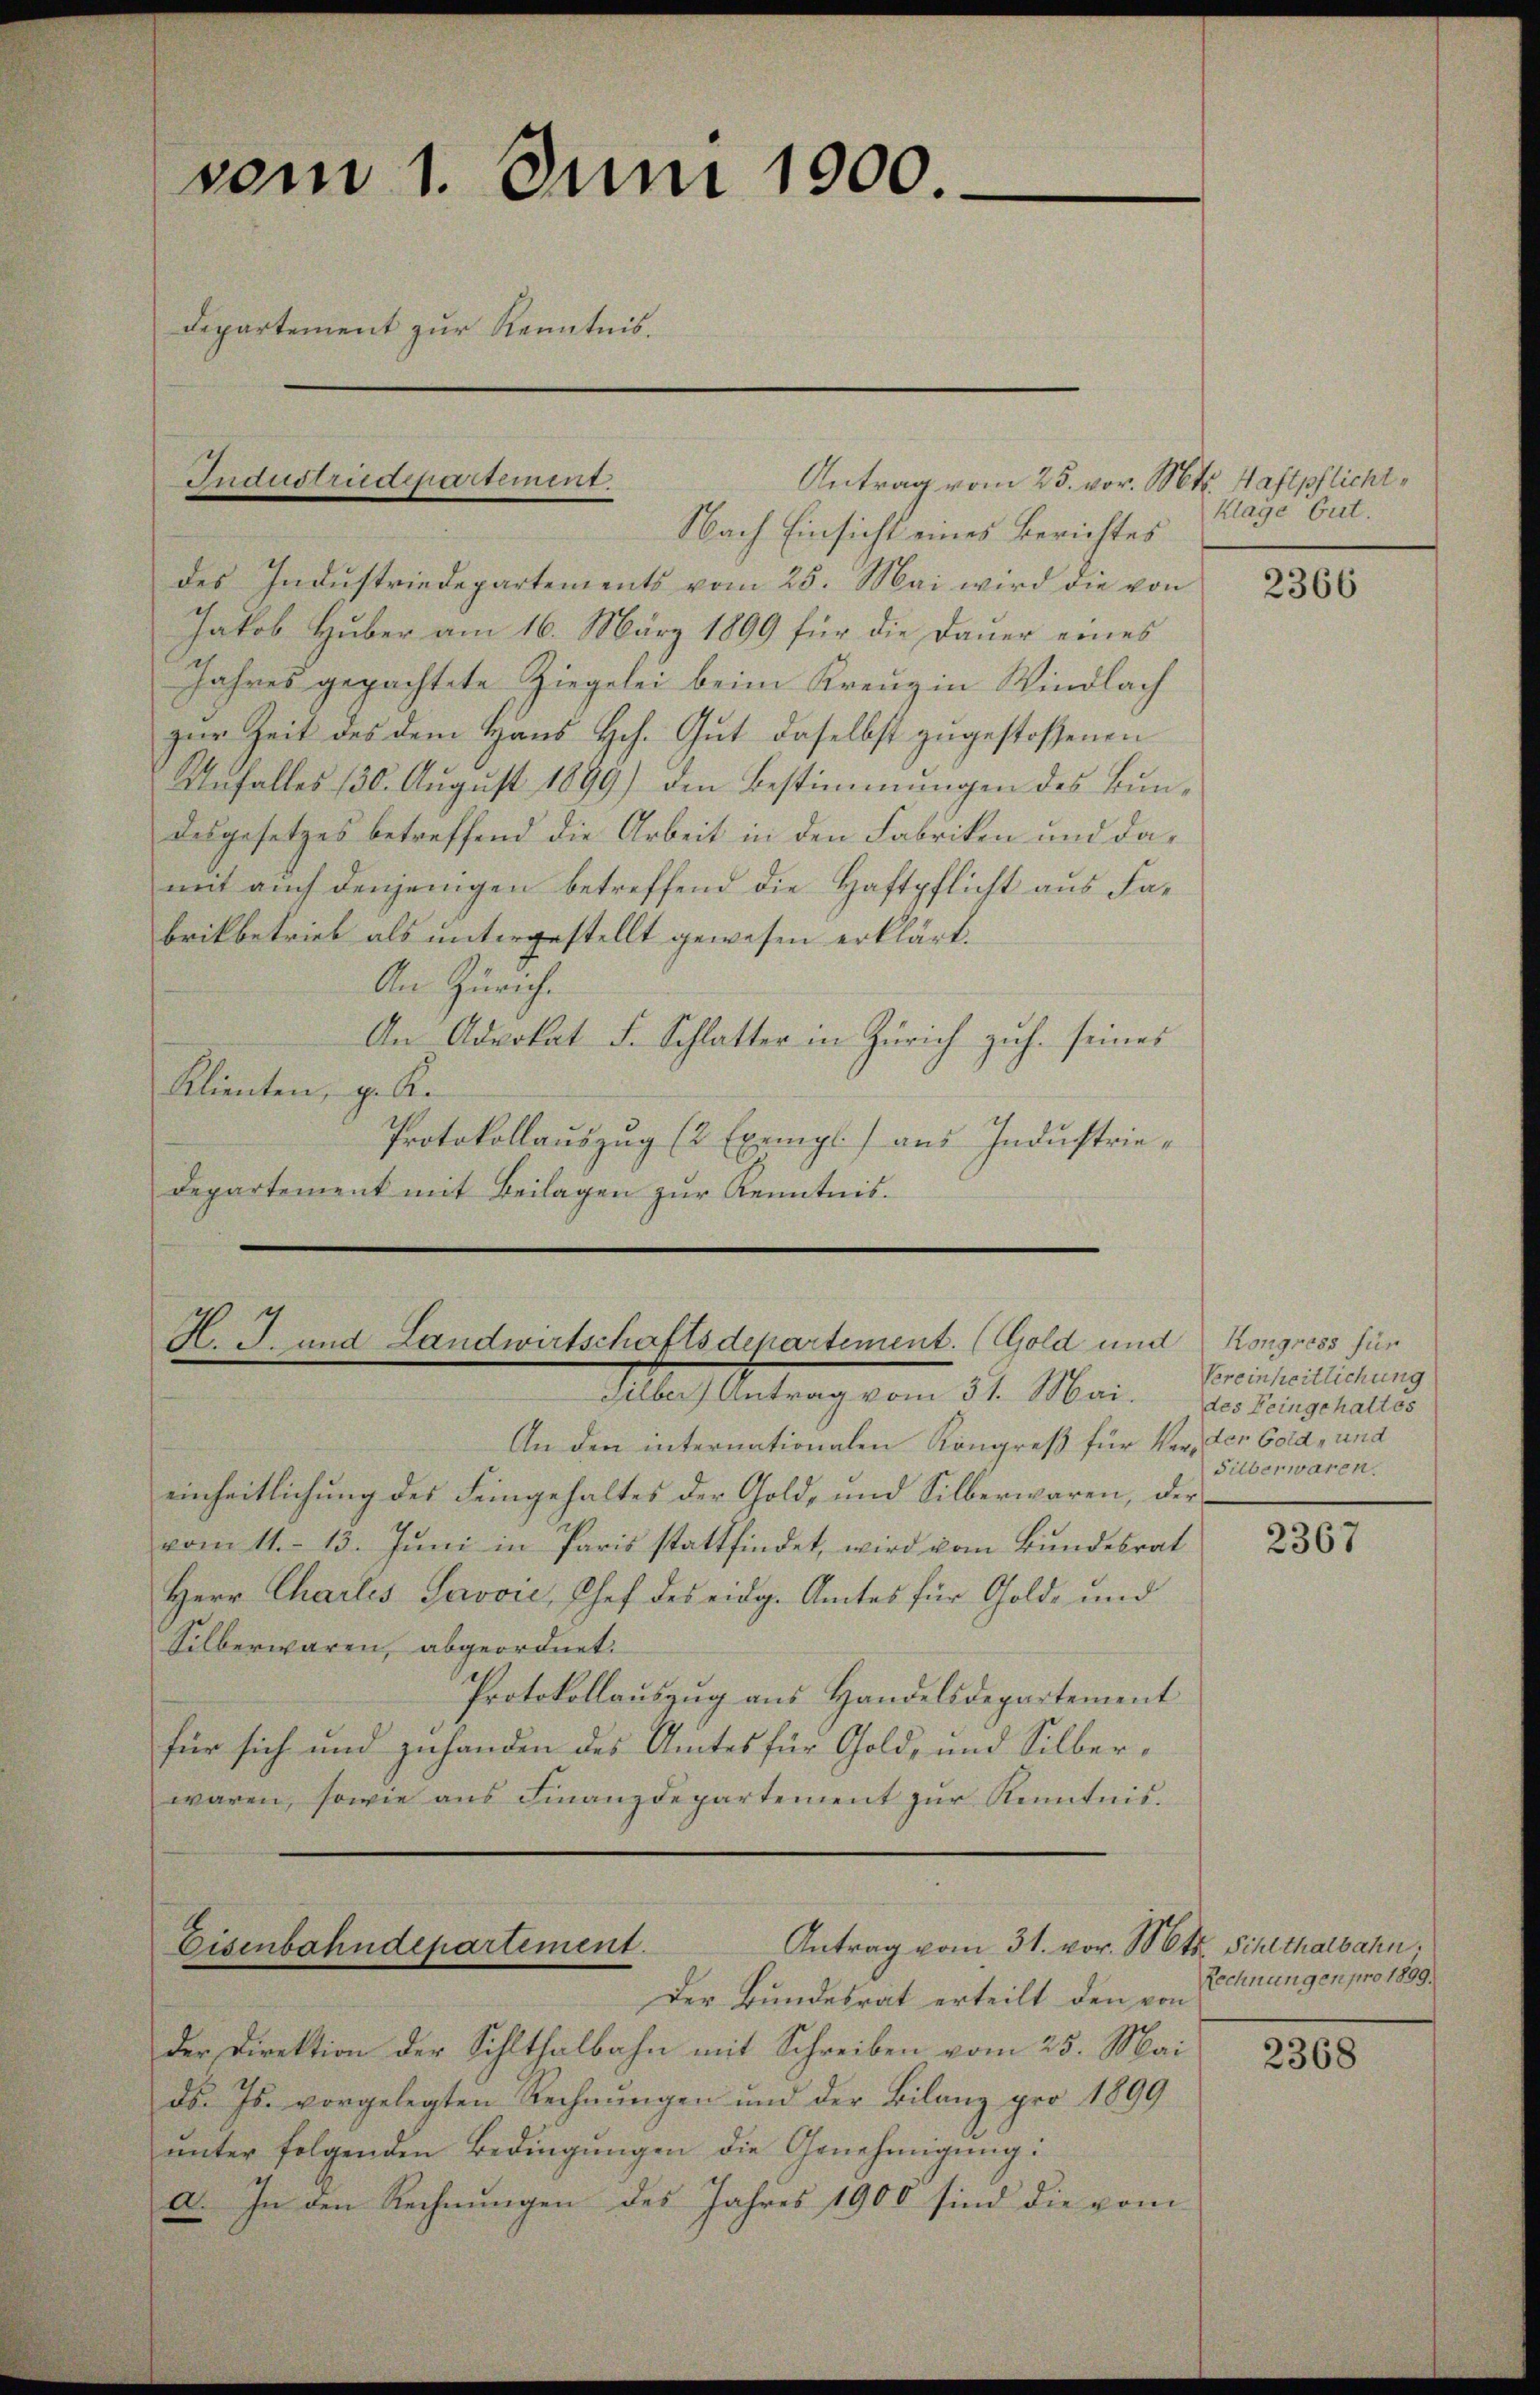
Nach Einsicht eines Berichtes
des Indŭstriedepartements vom 25. Mai wird die von
Jakob Huber am 16. März 1899 für die Dauer eines
Jahres gepachtete Ziegelei beim Kreuz in Windlach
zur Zeit des dem Haus Hch. Gut daselbst zugestossenen
Aŭfalles 130. Aŭgŭst 1899) den Bestimmungen des Bŭn-
desgesetzes betreffend die Arbeit in den Fabriken und damit auch denjenigen betreffend die Haftpflicht aus Fabrikbetrieb als untergestellt gewesen erklärt.
An Zürich.
An Advokat F. Schlatter in Zürich zuh. seines
Klienten, ge K.
Protokollauszug (2 Exempl) aus Industriedepartement mit Beilagen zŭr Kenntnis.

vom 1. Juni 1900.
Departement zur Kenntnis.

Industrudepartiment.

Antrag vom 25. vor. Mts. Haftpflicht,

H. J. und Landwirtschaftsdepartement. (Gold um
Albach Antrag vom 31. Mai,

An den internationalen Kongreß für Ver- der Gold, und
einheitlichŭng des Feingehaltes der Gold, und Silberwaren, der
vom 11. 13. Juni in Paris stattfindet, wird vom Bundesrat
Herr Chartes Javvić, Chef des eidg. Amtes für Gold- und
Silberwaren, abgeordnet.
Protokollauszug aus Handelsdepartement
für sich und zuhanden des Amtes für Gold- und Silberwaren, sowie ans Finanzdepartement zŭr Kenntnis.

Antrag vom 31. vor. Mts. Schlthalbahn.
Eisenbahndepartement.

Der Bundesrat erteilt den von
Der Direktion der Sihlthalbahn mit Schreiben vom 25. Mai
ds. Js. vorgelegten Rechnungen und der Bilanz pro 1899
ŭnter folgenden Bedingŭngen die Genehmigung:
a. In den Rechnungen des Jahres 1900 sind die vom

Klage Gut.

2366

d Kongress für
Vereinheitlichung
des Feingehaltes
Silberwaren.

2367

Rechnungen pro 1899.

2368